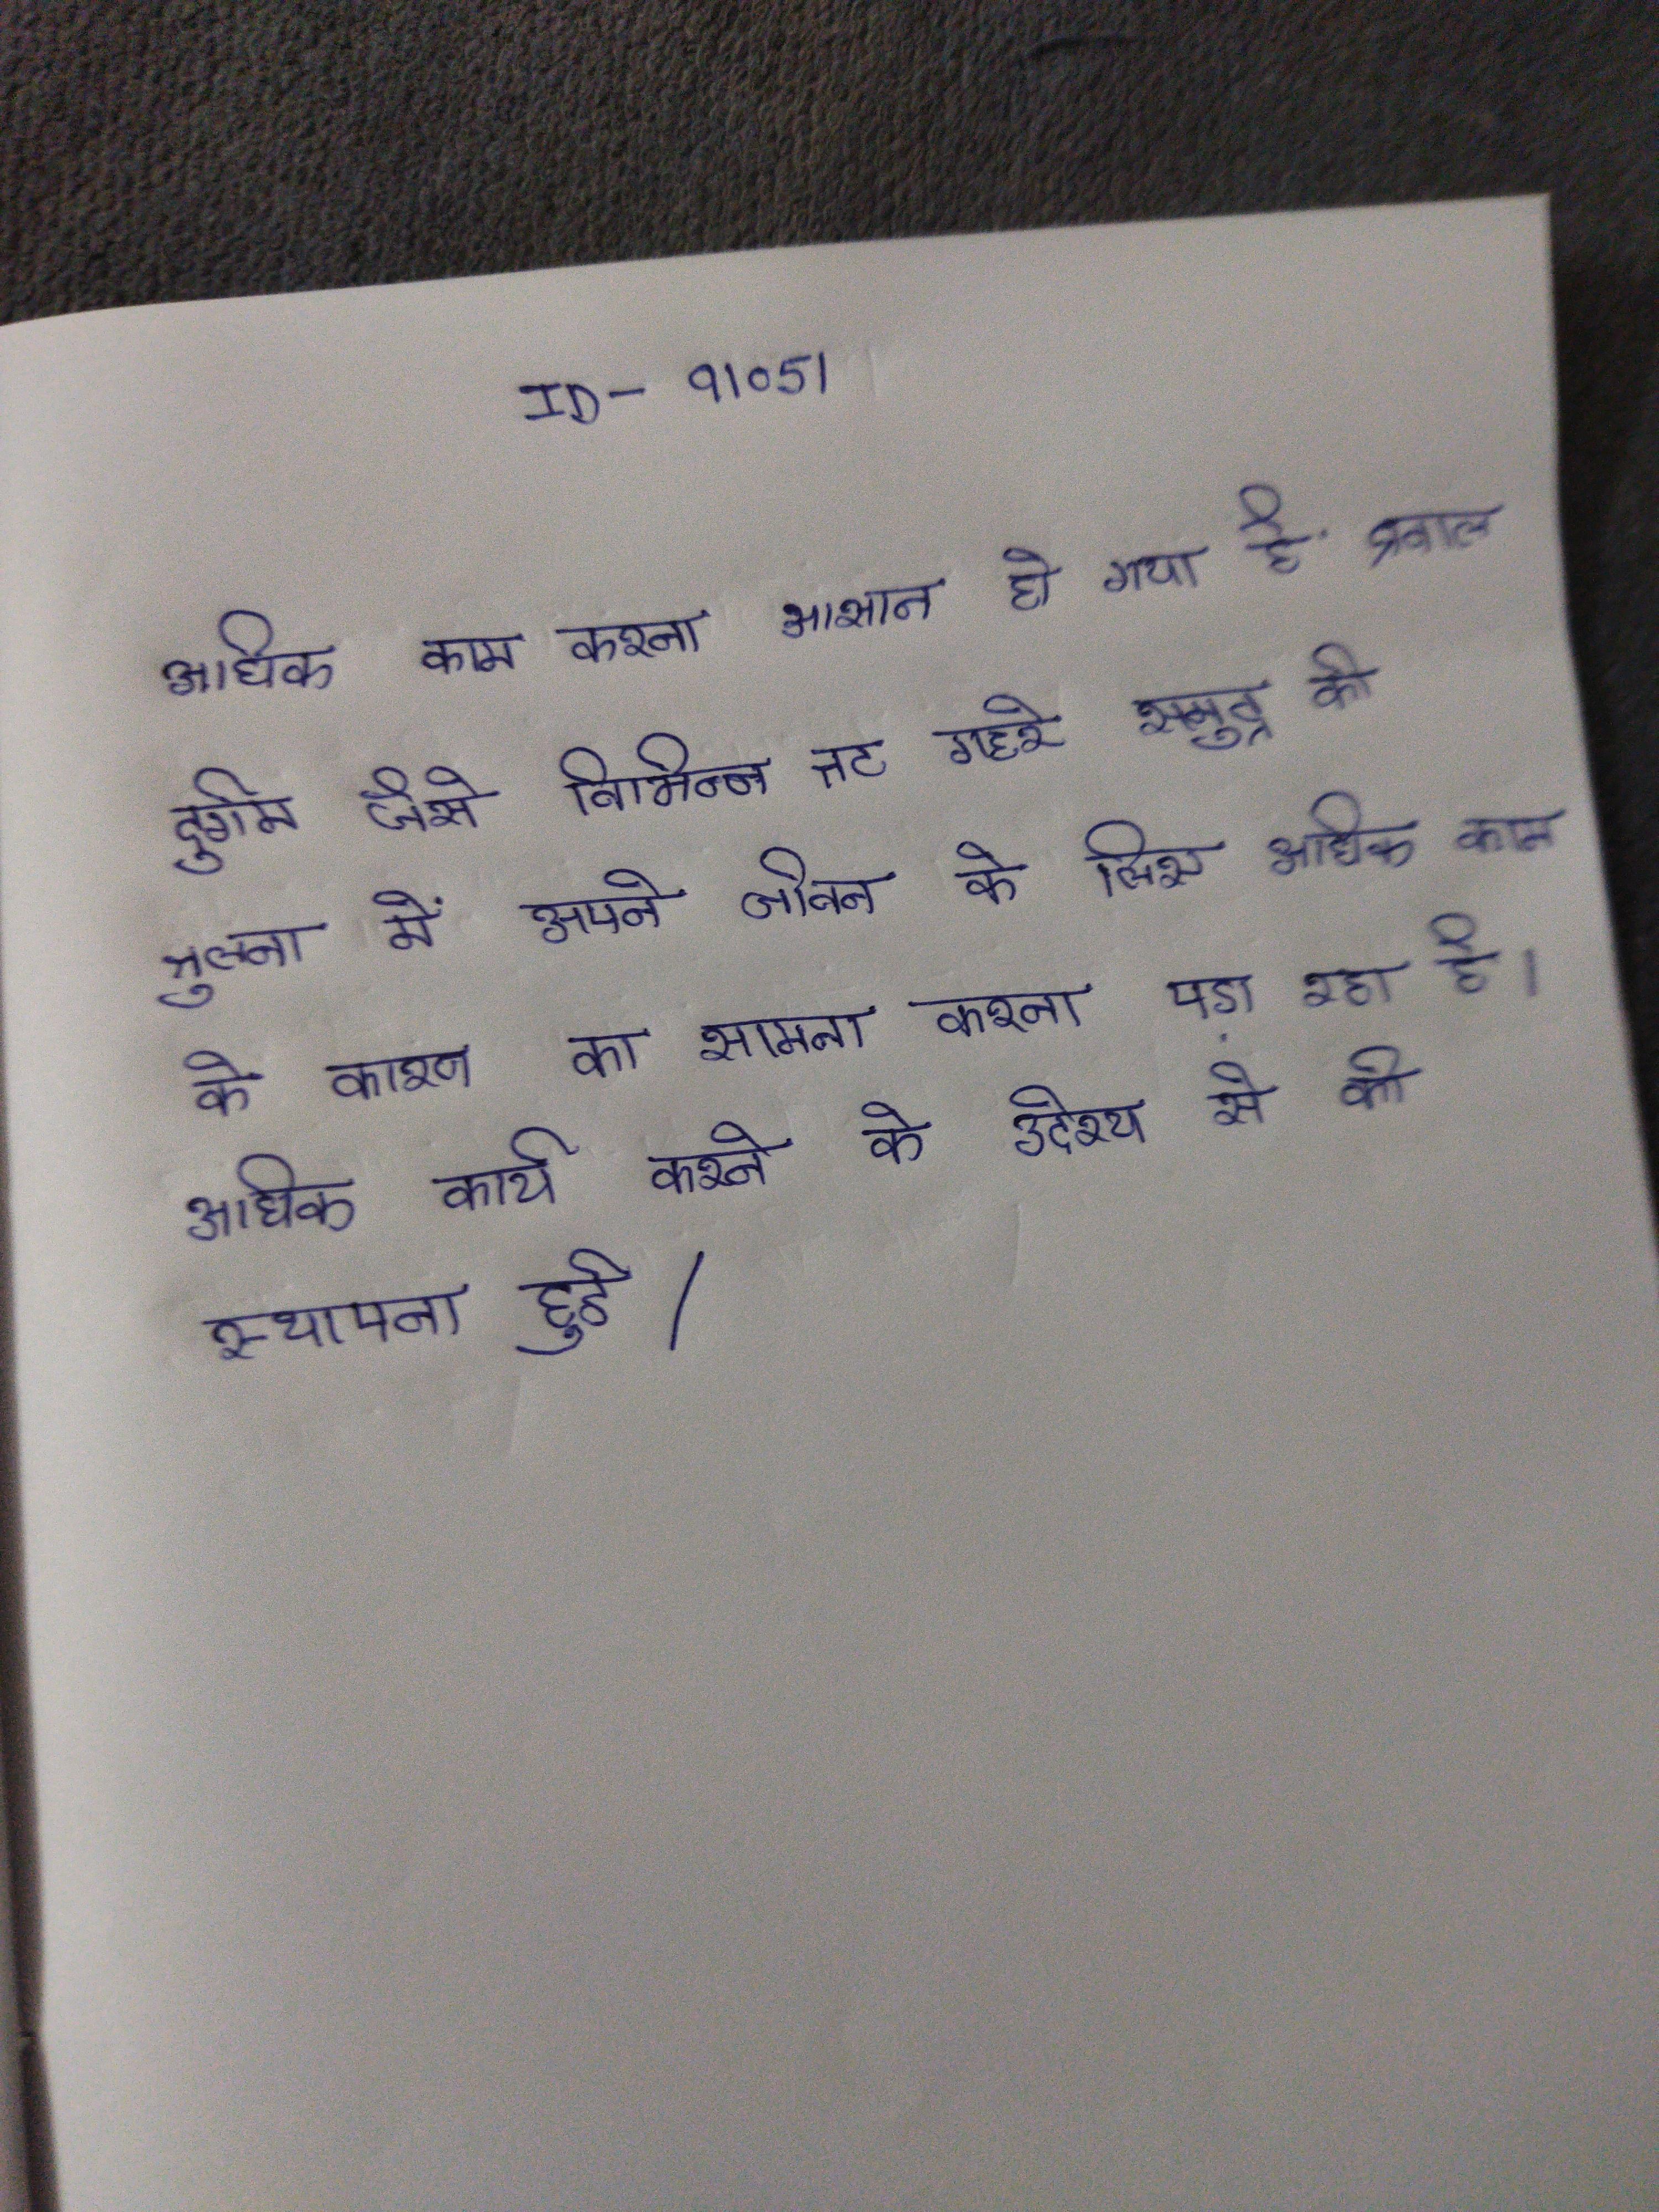
अधिक काम करने के लिए किया गया है सुलभ, विभिन्न तटीय जैसे प्रवाल दुर्गम, की तुलना के लिए गहरे समुद्र . अधिक काम के कारण का सामना करना दिल की के लिए अपने जीवन के . अधिक कार्य करने के उद्देश्य से की स्थापना हुई ।